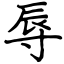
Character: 辱